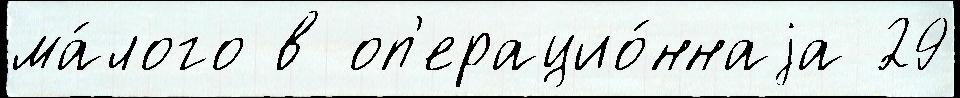
ма́лого в оп'ерацио́ннаjа 29